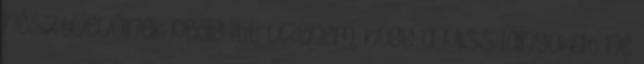
résztvevôinek pedig itt üzenem, hogy a Miss lányokat ne